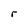
Character: r